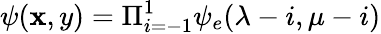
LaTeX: \psi(\mathbf{x},y)=\Pi_{i=-1}^{1}\psi_{e}(\lambda-i,\mu-i)